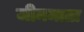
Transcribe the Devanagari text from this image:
जीनमाता